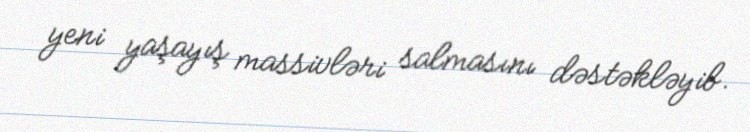
yeni yaşayış massivləri salmasını dəstəkləyib.